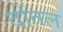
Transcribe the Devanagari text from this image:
दोंतल